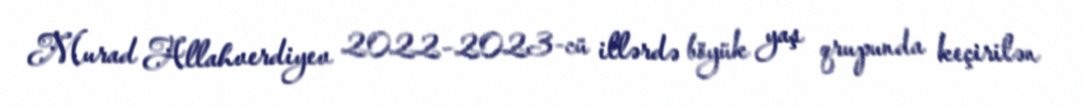
Murad Allahverdiyev 2022–2023-cü illərdə böyük yaş qrupunda keçirilən